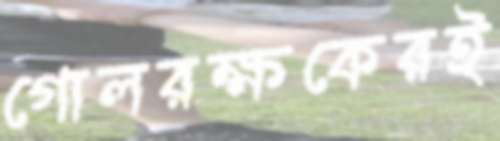
গোলরক্ষকেরই